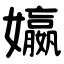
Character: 㜲